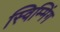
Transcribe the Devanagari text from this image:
स्विम्मिंग